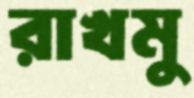
রাখমু